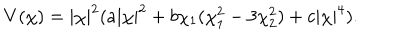
V ( \chi ) = | \chi | ^ { 2 } ( a | \chi | ^ { 2 } + b \chi _ { 1 } ( \chi _ { 1 } ^ { 2 } - 3 \chi _ { 2 } ^ { 2 } ) + c | \chi | ^ { 4 } ) .